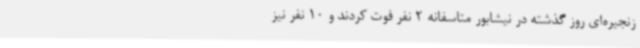
زنجیره‌ای روز گذشته در نیشابور متاسفانه 2 نفر فوت کردند و 10 نفر نیز